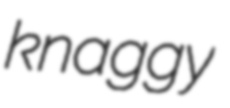
knaggy